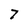
Character: 7